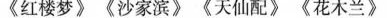
《红楼梦》《沙家滨》《天仙配》《花木兰》